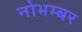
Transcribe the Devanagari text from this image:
नोभम्बर